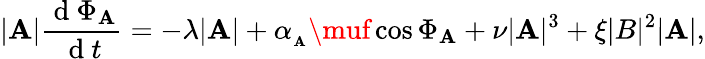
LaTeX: |\mathbf{A}|\frac{{\mathrm{{~d~}}\Phi_{\mathbf{A}}}}{{\mathrm{{~d~}}t}}=-\lambda|\mathbf{A}|+\alpha_{_\mathbf{A}}\muf\cos{\Phi_{\mathbf{A}}}+\nu|\mathbf{A}|^{3}+\xi|B|^{2}|\mathbf{A}|,